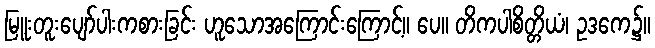
မြူးတူးပျော်ပါးကစားခြင်း ဟူသောအကြောင်းကြောင့်။ ပေ။ တိကပါစိတ္တိယံ၊ ဥဒကေ၌။